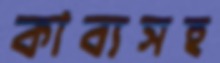
কাব্যসহ